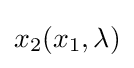
x_{2}(x_{1},\lambda )